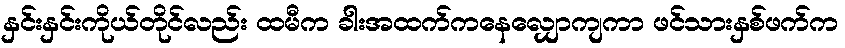
နှင်းနှင်းကိုယ်တိုင်လည်း ထမီက ခါးအထက်ကနေလျှောကျကာ ဖင်သားနှစ်ဖက်က